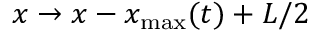
x \to x - x _ { \operatorname* { m a x } } ( t ) + L / 2